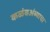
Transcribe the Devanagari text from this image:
कळंबअंब्याचा